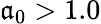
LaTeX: \mathfrak{a}_{0}>1.0